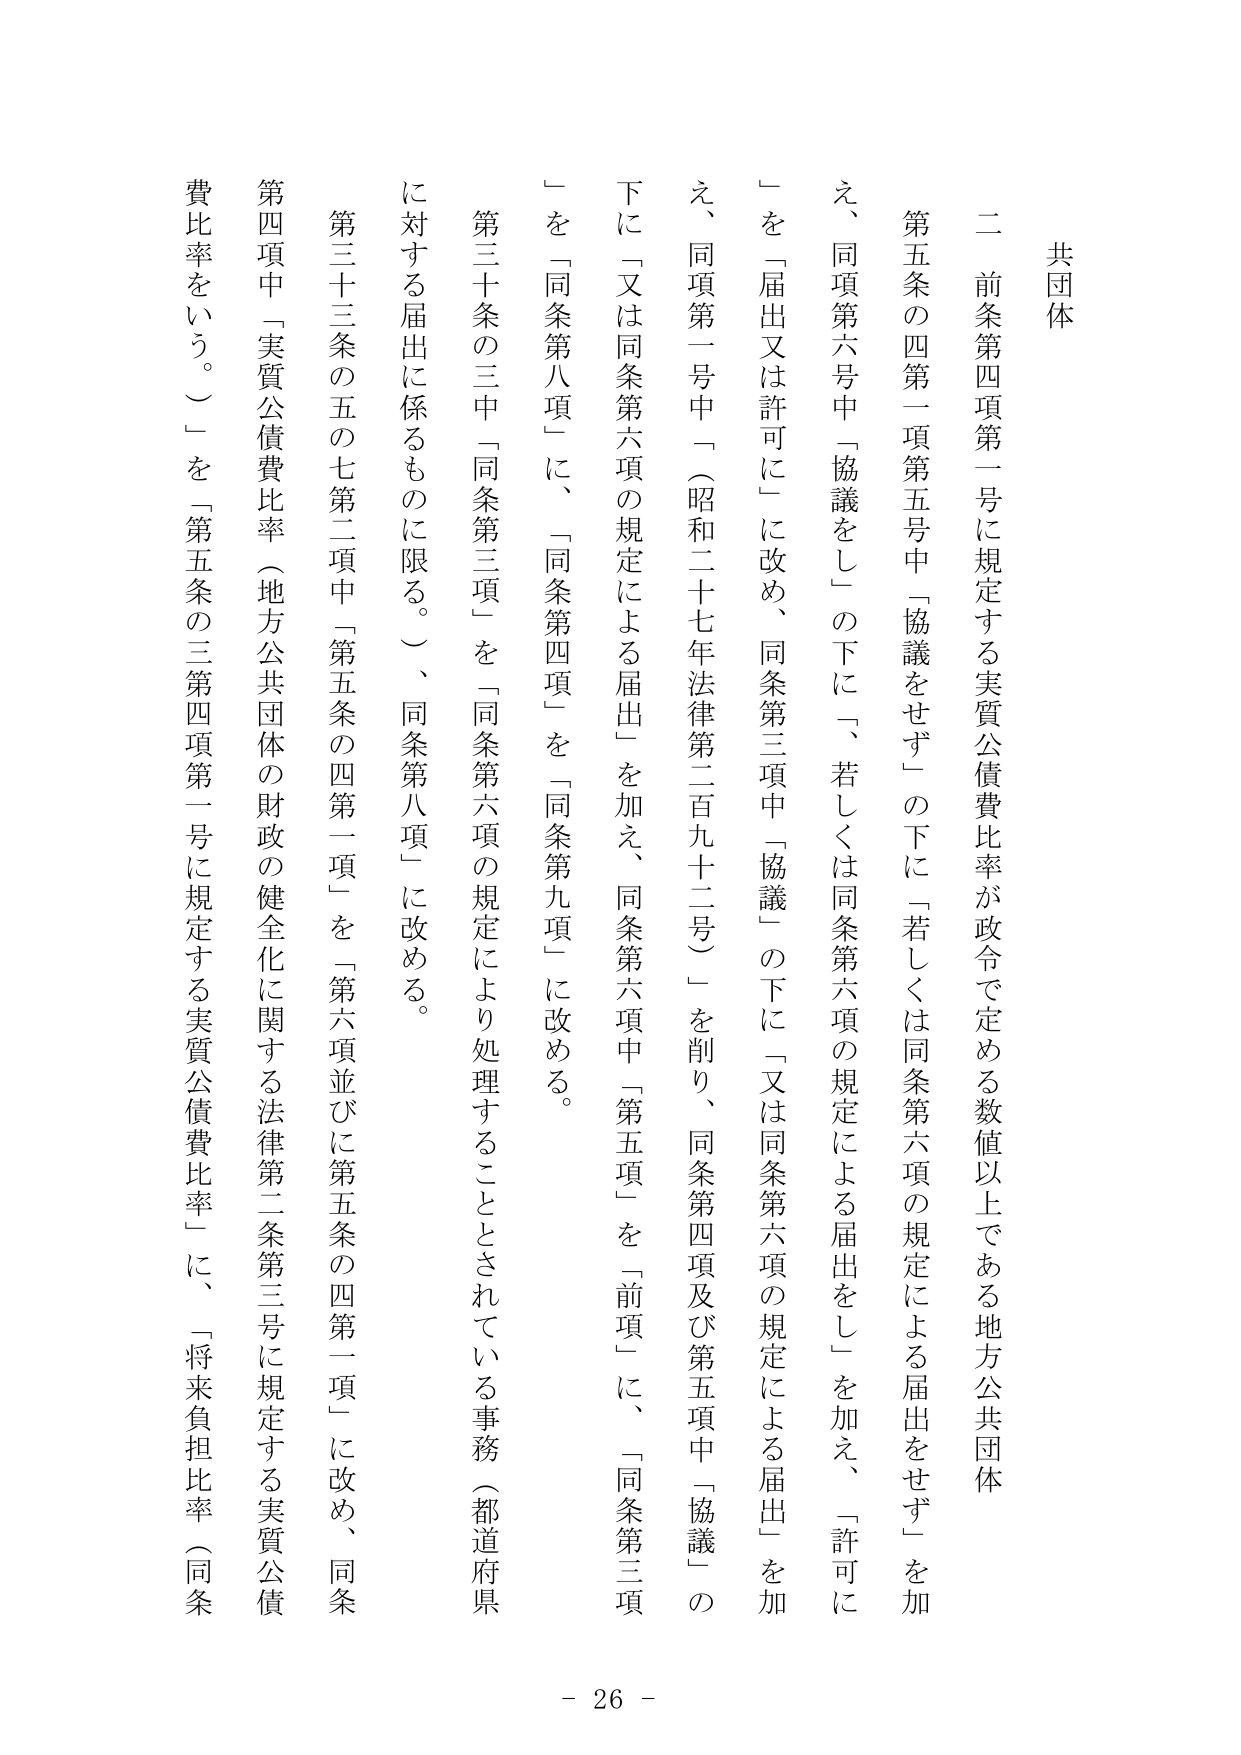
共団体

二 前条第四項第一号に規定する実質公債費比率が政令で定める数値以上である地方公共団体

第五条の四第一項第五号中「協議をせず」の下に「、若しくは同条第六項の規定による届出をせず」を加え、同項第六号中「協議をし」の下に「、若しくは同条第六項の規定による届出をし」を加え、「許可に」を「届出又は許可に」に改め、同条第三項中「協議」の下に「又は同条第六項の規定による届出」を加え、同条第四項及び第五項中「協議」の下に「又は同条第六項の規定による届出」を加え、同条第六項中「第五項」を「前項」に、「同条第三項」を「同条第八項」に、「同条第四項」を「同条第九項」に改める。

第三十条の三中「同条第三項」を「同条第六項の規定により処理することとされている事務（都道府県に対する届出に係るものに限る。）」、同条第八項」に改める。

第三十三条の五の七第二項中「第五条の四第一項」を「第六項並びに第五条の四第一項」に改め、同条第四項中「実質公債費比率（地方公共団体の財政の健全化に関する法律第二条第三号に規定する実質公債費比率をいう。）」を「第五条の三第四項第一号に規定する実質公債費比率」に、「将来負担比率（同条

- 26 -